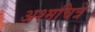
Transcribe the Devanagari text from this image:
अश्मचित्रे